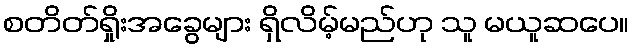
စတိတ်ရှိုးအခွေများ ရှိလိမ့်မည်ဟု သူ မယူဆပေ။